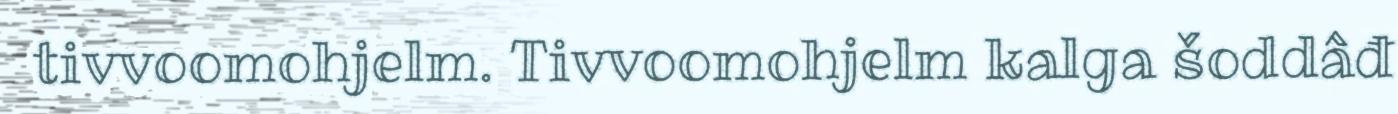
tivvoomohjelm. Tivvoomohjelm kalga šoddâđ